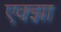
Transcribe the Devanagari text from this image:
एक्झा